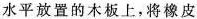
水平放置的木板上，将橡皮